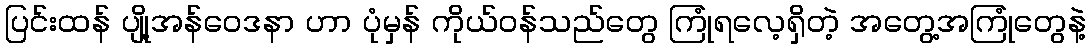
ပြင်းထန် ပျို့အန်ဝေဒနာ ဟာ ပုံမှန် ကိုယ်ဝန်သည်တွေ ကြုံရလေ့ရှိတဲ့ အတွေ့အကြုံတွေနဲ့